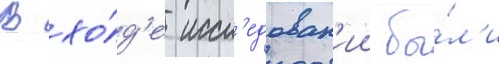
В хо́д'е иссл'едован'ии бы́л'и